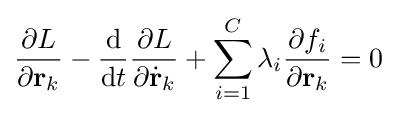
{\frac {\partial L}{\partial \mathbf {r} _{k}}}-{\frac {\mathrm {d} }{\mathrm {d} t}}{\frac {\partial L}{\partial {\dot {\mathbf {r} }}_{k}}}+\sum _{i=1}^{C}\lambda _{i}{\frac {\partial f_{i}}{\partial \mathbf {r} _{k}}}=0